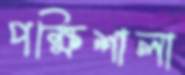
পক্ষিশালা